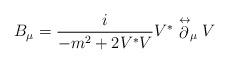
LaTeX: \begin{align*}B_\mu=\frac{i}{-m^2+2V^*V}V^*\stackrel\leftrightarrow\partial_\mu V\end{align*}